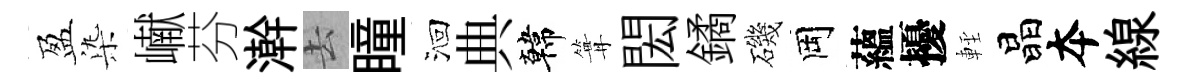
盈𣑱𪩘芬澣去瞳洄典韓篝閎鐍磯岡蘊擾䡖晶夲線